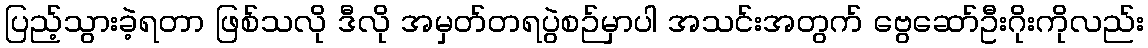
ပြည့်သွားခဲ့ရတာ ဖြစ်သလို ဒီလို အမှတ်တရပွဲစဉ်မှာပါ အသင်းအတွက် ဗွေဆော်ဦးဂိုးကိုလည်း